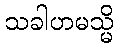
သခါဟမသ္မိ